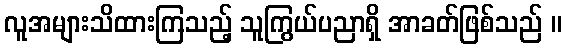
လူအများသိထားကြသည့် သူကြွယ်ပညာရှိ အာခတ်ဖြစ်သည် ။